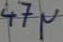
Text: 47µ